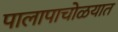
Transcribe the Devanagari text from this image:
पालापाचोळयात